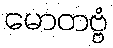
မောတဗ္ဗံ